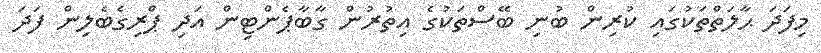
މިފަދަ ޙާލަތްތަކުގައި ކުރިން ބުނި ބޭސްތަކުގެ އިތުރުން ގާބާޕެންޓިން އަދި ޕްރިގެބެލިން ފަދަ